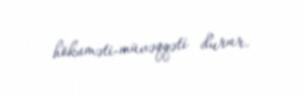
hökuməti-müvəqqəti durur.